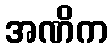
အဏိက